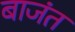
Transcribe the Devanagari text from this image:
बाजंत